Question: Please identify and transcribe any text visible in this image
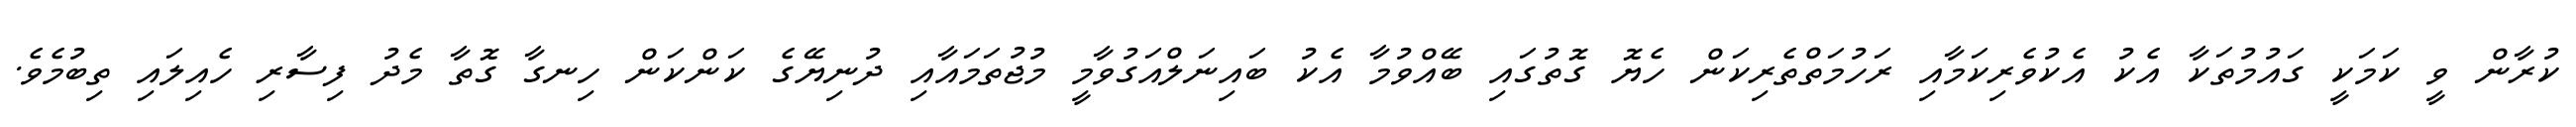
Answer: ކުރާން ވީ ކަމަކީ ގައުމުތަކާ އެކު އެކުވެރިކަމާއި ރަހުމަތްތެރިކަން ހެޔޮ ގޮތުގައި ބޭއްވުމާ އެކު ބައިނަލްއަގުވާމީ މުޖުތަމައާއި ދުނިޔޭގެ ކަންކަން ހިނގާ ގޮތާ މެދު ފިސާރި ހެއިލައި ތިބުމެވެ.